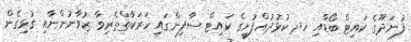
ފުނަދޫގެ ކައިޓް ބޯޑާއި ހދ ކުޅުދުއްފުށީގެ ކައިޓް ސާފިންގައި ހަރަކާތްތެރިވާ ޒުވާނުންނާއި ގުޅިގެން